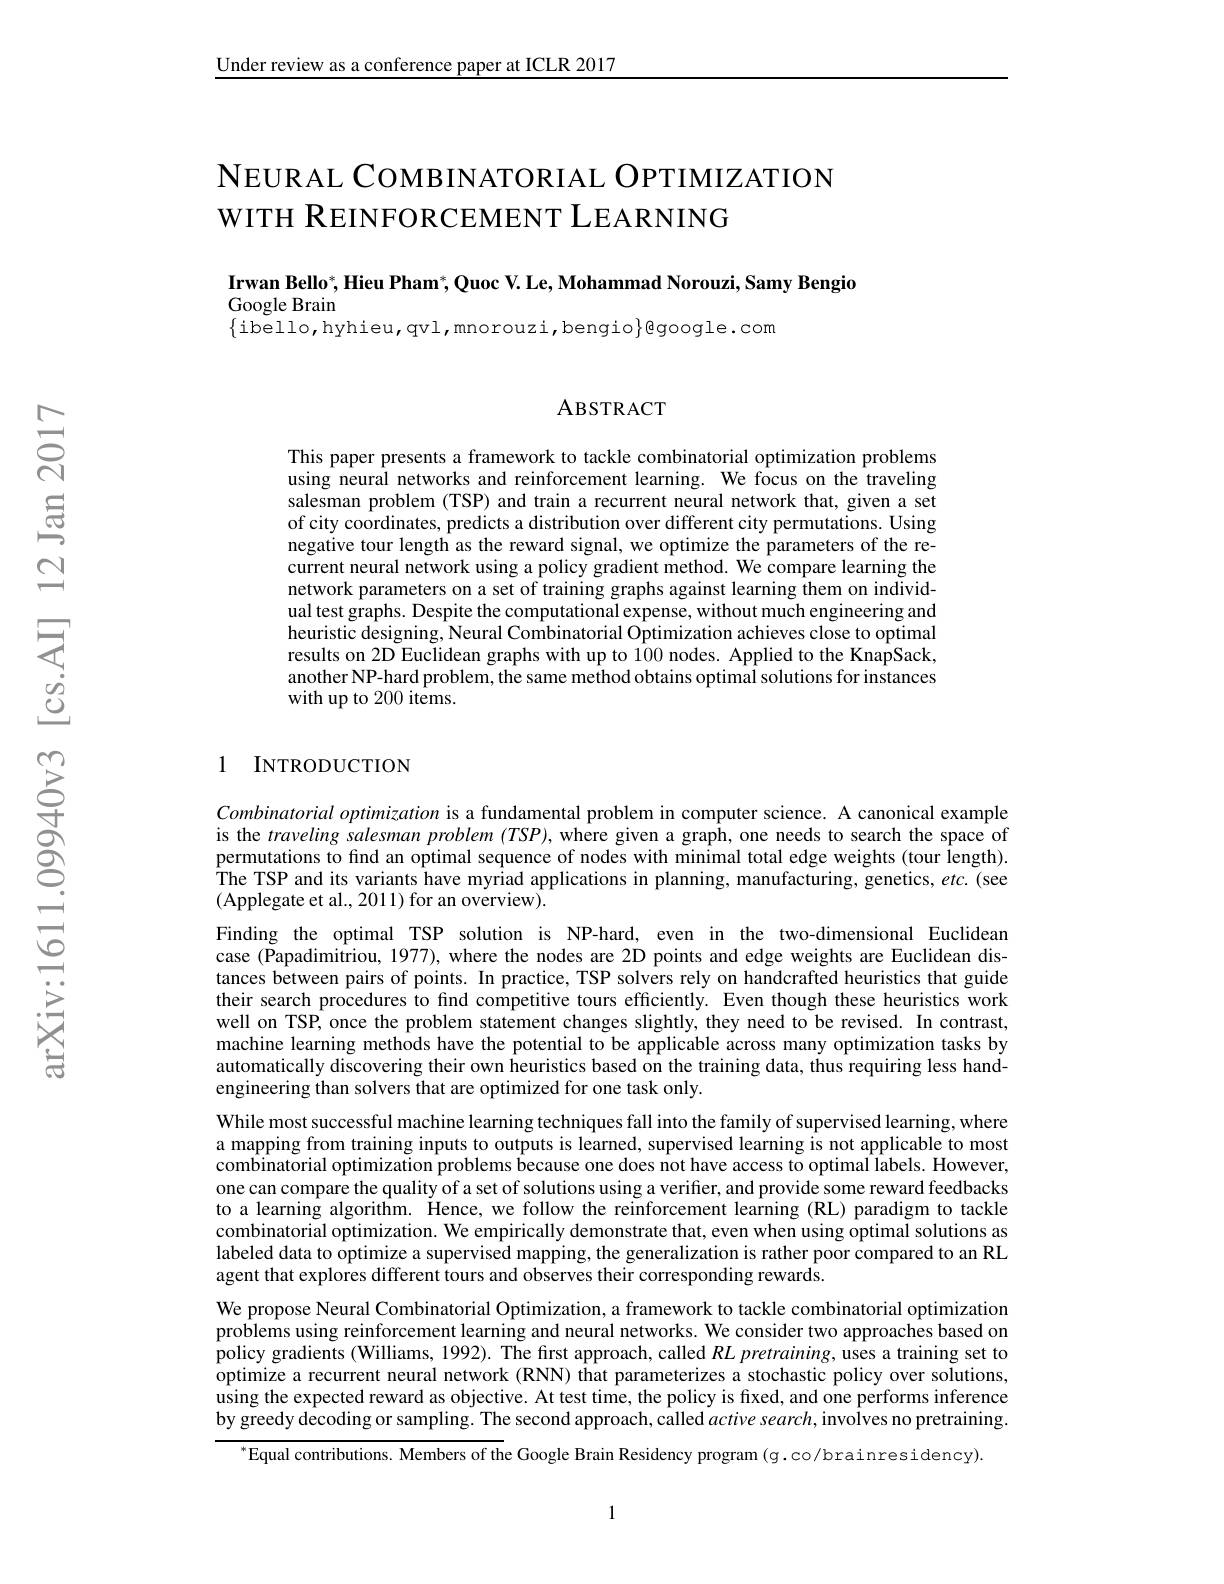
Under review as a conference paper at ICLR 2017

# NЕURAL СОМВINАТОRIАL OPTIMIZATION WITH REINFORCEMENT LEARNING

Irwan Bello$^*$,Hieu Pham$^*$,Quoc V. Le,Mohammad Norouzi, Samy Bengio

Google Brain

$\{$ibello,hyhieu,qvl,mnorouzi,bengio$\}$google.com

ABSTRACT

This paper presents a framework to tackle combinatorial optimization problems using neural networks and reinforcement learning. We focus on the traveling salesman problem (TSP) and train a recurrent neural network that, given a set of city coordinates, predicts a distribution over different city permutations. Using negative tour length as the reward signal, we optimize the parameters of the recurrent neural network using a policy gradient method. We compare learning the network parameters on a set of training graphs against learning them on individual test graphs. Despite the computational expense, without much engineering and heuristic designing, Neural Combinatorial Optimization achieves close to optimal results on 2D Euclidean graphs with up to 100 nodes. Applied to the KnapSack, another NP-hard problem, the same method obtains optimal solutions for instances with up to 200 items.

## 1 INTRODUCTION

Combinatorial optimization is a fundamental problem in computer science. A canonical example is the traveling salesman problem $( TSP) $,where given a graph, one needs to search the space of permutations to find an optimal sequence of nodes with minimal total edge weights (tour length). The TSP and its variants have myriad applications in planning, manufacturing, genetics, $etc.($see (Applegate et al., 2011) for an overview).
Finding the optimal TSP solution is NP-hard, even in the two-dimensional Euclidean case (Papadimitriou, 1977), where the nodes are 2D points and edge weights are Euclidean distances between pairs of points. In practice, TSP solvers rely on handcrafted heuristics that guide their search procedures to find competitive tours efficiently. Even though these heuristics work well on TSP, once the problem statement changes slightly, they need to be revised. In contrast, machine learning methods have the potential to be applicable across many optimization tasks by automatically discovering their own heuristics based on the training data, thus requiring less handengineering than solvers that are optimized for one task only.
While most successful machine learning techniques fall into the family of supervised learning, where a mapping from training inputs to outputs is learned, supervised learning is not applicable to most combinatorial optimization problems because one does not have access to optimal labels. However, one can compare the quality of a set of solutions using a verifier, and provide some reward feedbacks to a learning algorithm. Hence, we follow the reinforcement learning (RL) paradigm to tackle combinatorial optimization. We empirically demonstrate that, even when using optimal solutions as labeled data to optimize a supervised mapping, the generalization is rather poor compared to an RL agent that explores different tours and observes their corresponding rewards.
We propose Neural Combinatorial Optimization, a framework to tackle combinatorial optimization problems using reinforcement learning and neural networks. We consider two approaches based on policy gradients (Williams, 1992). The first approach, called $RL$ pretraining, uses a training set to optimize a recurrent neural network (RNN) that parameterizes a stochastic policy over solutions, using the expected reward as objective. At test time, the policy is fixed, and one performs inference by greedy decoding or sampling. The second approach, called active search, involves no pretraining.
$^{*}$Equal contributions. Members of the Google Brain Residency program (g.co/brainresidency).

1